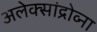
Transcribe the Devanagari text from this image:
अलेक्सांद्रोव्ना